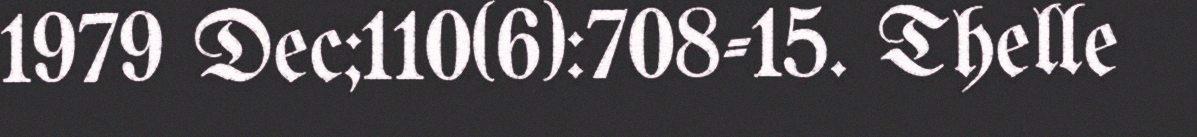
1979 Dec;110(6):708-15. Thelle